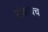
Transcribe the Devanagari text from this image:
राजाचेच